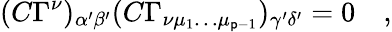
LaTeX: (C\Gamma^{\nu})_{\alpha^{\prime}\beta^{\prime}}(C\Gamma_{\nu\mu_{1}\dots\mu_{\mathsf{p}-1}})_{\gamma^{\prime}\delta^{\prime}}=0\quad,